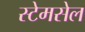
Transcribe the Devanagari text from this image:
स्टेमसेल